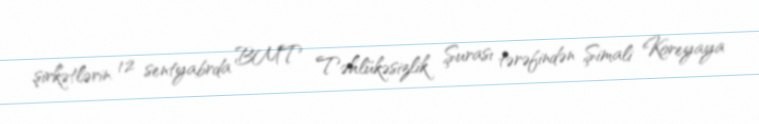
şirkətlərin 12 sentyabrda BMT Təhlükəsizlik Şurası tərəfindən Şimali Koreyaya